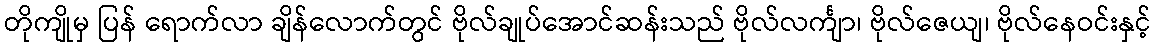
တိုကျိုမှ ပြန် ရောက်လာ ချိန်လောက်တွင် ဗိုလ်ချုပ်အောင်ဆန်းသည် ဗိုလ်လင်္ကျာ၊ ဗိုလ်ဇေယျ၊ ဗိုလ်နေဝင်းနှင့်